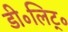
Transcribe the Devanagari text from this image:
डी॰लिट्॰